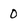
Character: 0